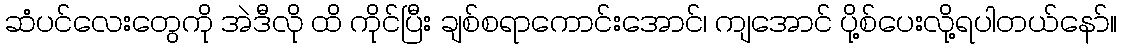
ဆံပင်လေးတွေကို အဲဒီလို ထိ ကိုင်ပြီး ချစ်စရာကောင်းအောင်၊ ကျအောင် ပို့စ်ပေးလို့ရပါတယ်နော်။